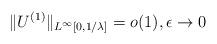
LaTeX: \begin{align*}\|U^{(1)}\|_{L^\infty[0,1/\lambda]}=o(1), \epsilon\to 0\end{align*}